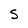
Character: S